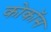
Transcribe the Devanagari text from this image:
कोकॉस